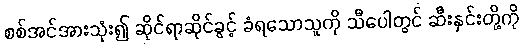
စစ်အင်အားသုံး၍ ဆိုင်ရာဆိုင်ခွင့် ခံရသောသူကို သီပေါတွင် ဆီးနှင်းတို့ကို